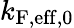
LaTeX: k_{\mathrm{F,eff},0}